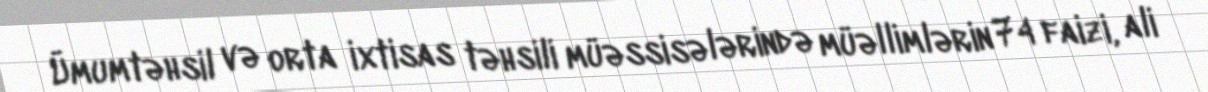
Ümumtəhsil və orta ixtisas təhsili müəssisələrində müəllimlərin 74 faizi, ali